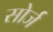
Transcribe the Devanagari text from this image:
सोर्ज